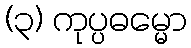
(၃) ကုပ္ပဓမ္မော